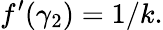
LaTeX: f^{\prime}(\gamma_{2})=1/k.